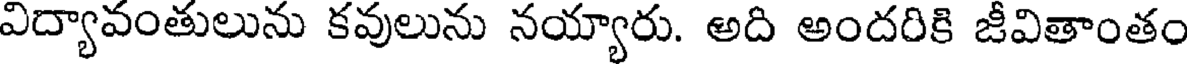
విద్యావంతులును కవులును నయ్యారు. అది అందరికి జీవితాంతం